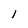
Character: l